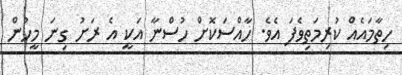
ހިތާމައެއް ކުރިމަތިވެފަ އެވެ. ހާއްސަކޮށް ހުސްނާ އަކީ އެ ރަށު ގިނަ މީހުން